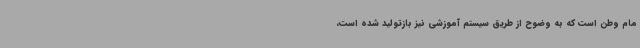
مام وطن است که به وضوح از طریق سیستم آموزشی نیز بازتولید شده است،